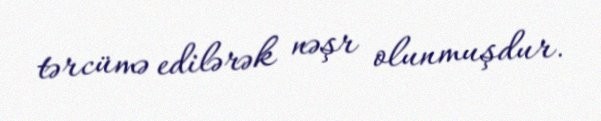
tərcümə edilərək nəşr olunmuşdur.